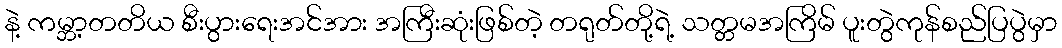
နဲ့ ကမ္ဘာ့တတိယ စီးပွားရေးအင်အား အကြီးဆုံးဖြစ်တဲ့ တရုတ်တို့ရဲ့ သတ္တမအကြိမ် ပူးတွဲကုန်စည်ပြပွဲမှာ